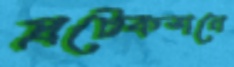
প্রটেকশনে